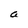
Character: a